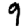
Digit: 9